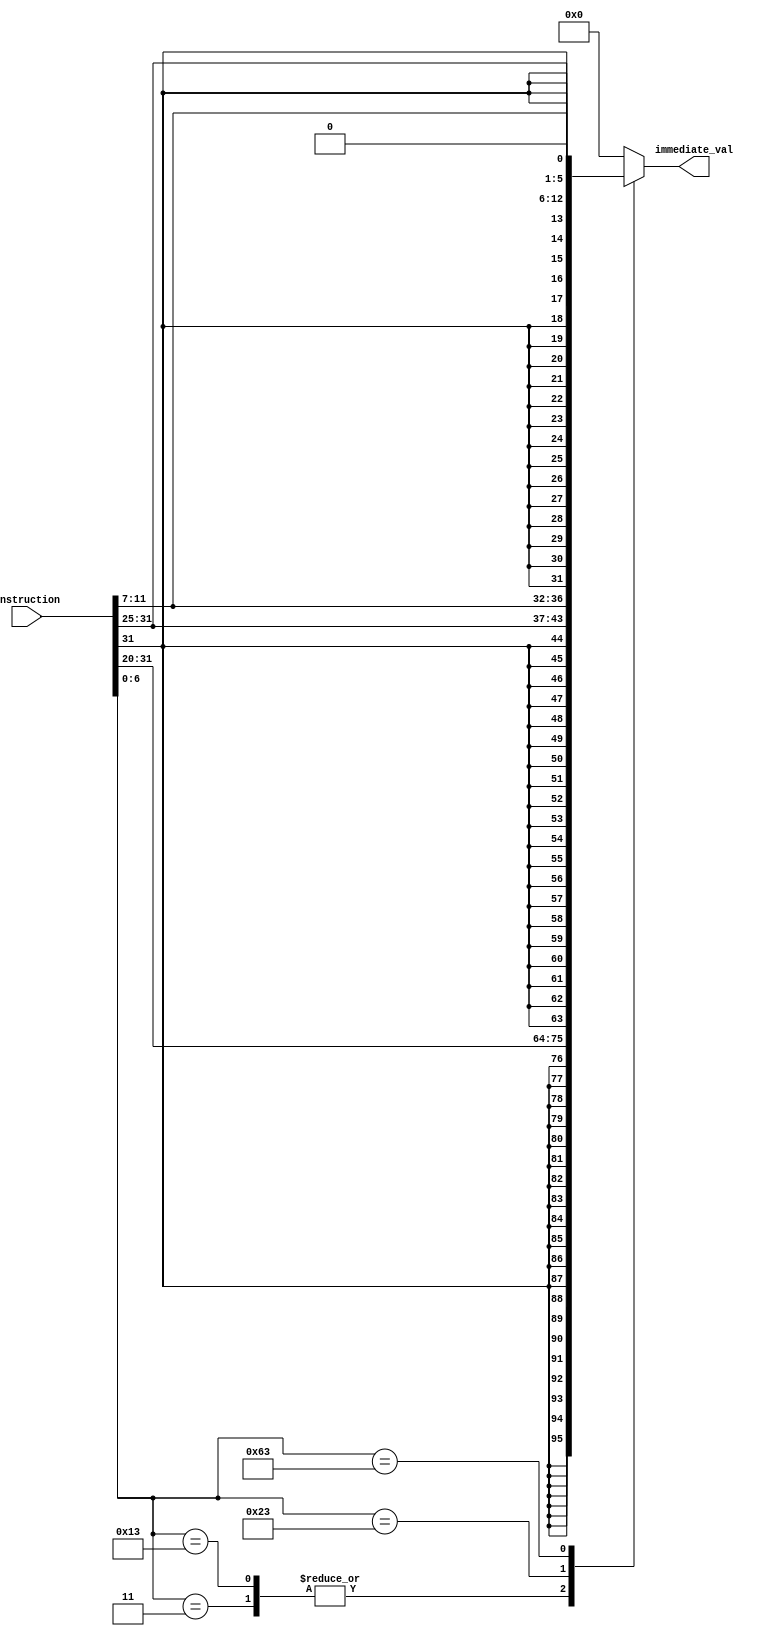
`timescale 1ns / 1ps
//////////////////////////////////////////////////////////////////////////////////
// Company: 
// Engineer: 
// 
// Design Name: 
// Module Name: immediate
// Project Name: 
// Target Devices: 
// Tool Versions: 
// Description: 
// 
// Dependencies: 
// 
// Revision:
// Revision 0.01 - File Created
// Additional Comments:
// 
//////////////////////////////////////////////////////////////////////////////////


module immediate(
    input signed [31:0] instruction,
    output reg [31:0] immediate_val
    );
    
    always @(*) begin
        case(instruction[6:0])
            7'b0000011: immediate_val <= {{21{instruction[31]}} ,instruction[30:20]};// i type lw
            7'b0010011: immediate_val <= {{21{instruction[31]}} ,instruction[30:20]}; // i type andi/addi
            7'b0100011: immediate_val <= {{21{instruction[31]}}, instruction[30:25], instruction[11:7]}; // S type sw
            7'b1100011: immediate_val <= {{20{instruction[31]}}, instruction[30:25], instruction[11:7], 1'b0}; // SB type beq
            default: immediate_val <= 32'h0; // R type add/sub/and/or, else
        endcase
    end
endmodule